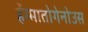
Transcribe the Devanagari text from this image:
र्हेग्मातोगेनोउस